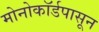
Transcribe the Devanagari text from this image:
मोनोकॉर्डपासून